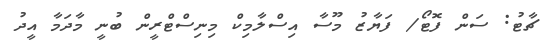
ޗާޓު: ސަން ފޮޓޯ/ ފަޔާޒު މޫސާ އިސްލާމިކް މިނިސްޓްރީން ބުނީ މާދަމާ އީދު